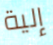
إلية